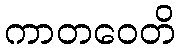
ကာတဝေတိ